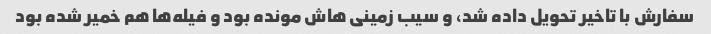
سفارش با تاخیر تحویل داده شد، و سیب زمینی هاش مونده بود و فیله‌ها هم خمیر شده بود